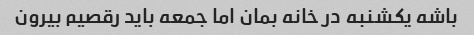
باشه یکشنبه در خانه بمان اما جمعه باید رقصیم بیرون